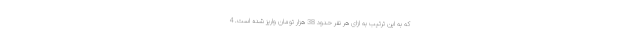
که به این ترتیب به ازای هر نفر حدود 38 هزار تومان واریز شده است. 4